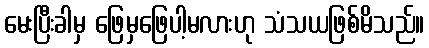
မေးပြီးခါမှ ဖြေမှဖြေပါ့မလားဟု သံသယဖြစ်မိသည်။